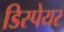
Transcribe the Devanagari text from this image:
डिस्पेयर